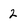
Character: 2